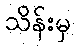
သိန်းမှ